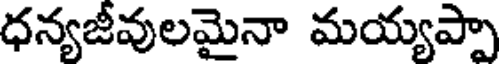
ధన్యజీవులమైనా మయ్యప్పా